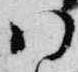
八